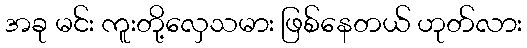
အခု မင်း ကူးတို့လှေသမား ဖြစ်နေတယ် ဟုတ်လား